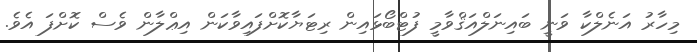
މިހާރު އަނެލްކާ ވަނީ ބައިނަލްއަޤްވާމީ ފުޓްބޯޅައިން ރިޓަޔާކޮށްފައިވާކަން އިޢްލާން ވެސް ކޮށްފަ އެވެ.